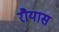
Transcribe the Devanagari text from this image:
रौयास